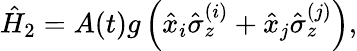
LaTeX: \hat{H}_{2}=A(t)g\left(\hat{x}_{i}\hat{\sigma}_{z}^{(i)}+\hat{x}_{j}\hat{\sigma}_{z}^{(j)}\right),